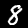
Digit: 8